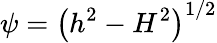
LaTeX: \psi=\left(h^{2}-H^{2}\right)^{1/2}